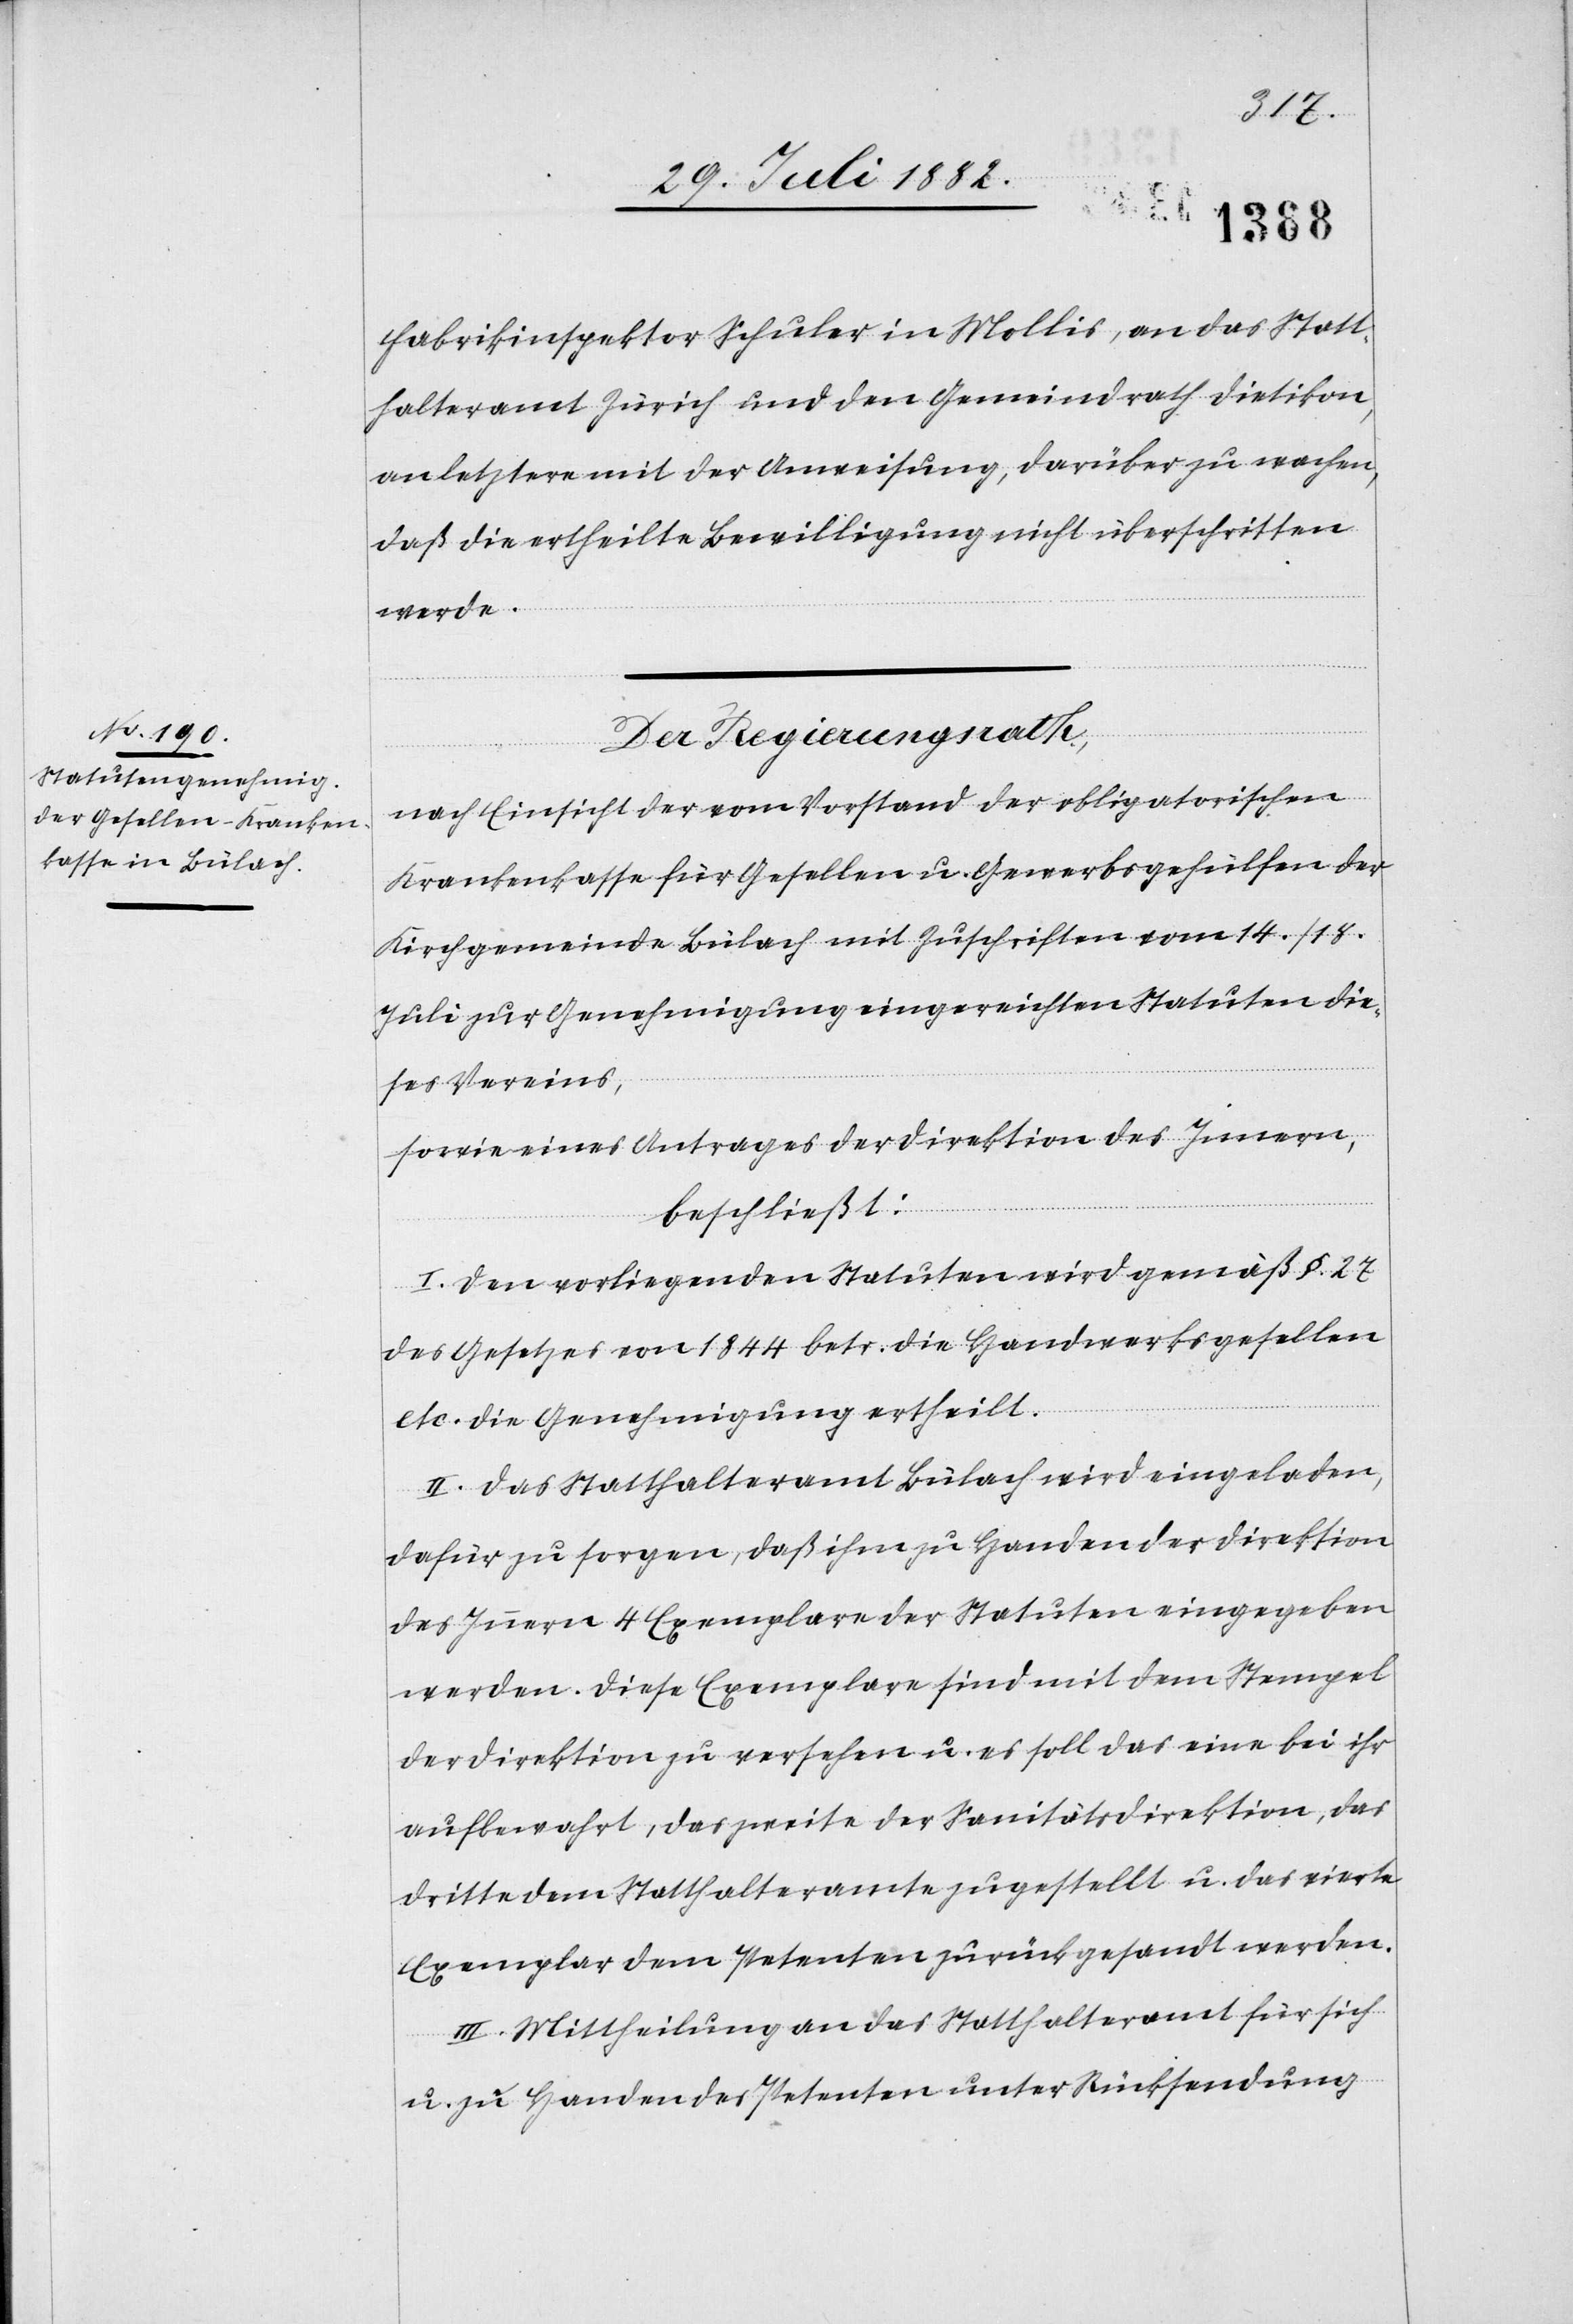
Fabrikinspektor Schuler in Mollis, an das Statt¬
halteramt Zürich und den Gemeindrath Dietikon,
an letztere mit der Anweisung, darüber zu wachen,
daß die ertheilte Bewilligung nicht überschritten
werde.
Der Regierungsrath,
nach Einsicht der vom Vorstand der obligatorischen
Krankenkasse für Gesellen u. Gewerbsgehülfen der
Kirchgemeinde Bülach mit Zuschriften vom 14./18.
Juli zur Genehmigung eingereichten Statuten die¬
ses Vereins,
sowie eines Antrages der Direktion des Innern,
beschließt:
I. Den vorliegenden Statuten wird gemäß §. 27
des Gesetzes von 1844 betr. die Handwerksgesellen
etc. die Genehmigung ertheilt.
II. Das Statthalteramt Bülach wird eingeladen,
dafür zu sorgen, daß ihm zu Handen der Direktion
des Innern 4 Exemplare der Statuten eingegeben
werden. Diese Exemplare sind mit dem Stempel
der Direktion zu versehen u. es soll das eine bei ihr
aufbewahrt, das zweite der Sanitätsdirektion, das
dritte dem Statthalteramte zugestellt u. das vierte
Exemplar dem Petenten zurückgesandt werden.
III. Mittheilung an das Statthalteramt für sich
u. zu Handen des Petenten unter Rücksendung